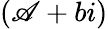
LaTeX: (\mathscr{A}+bi)